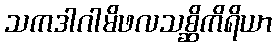
သကဒါဂါမိဖလသစ္ဆိကိရိယာ